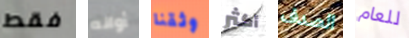
فقط أوانه وثقنا أكثر الصدف للعام